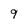
Character: 9